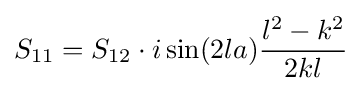
S_{11}=S_{12}\cdot i\sin(2la){\frac {l^{2}-k^{2}}{2kl}}